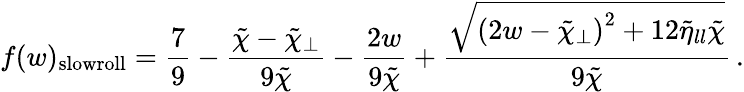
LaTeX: f(w)_{\mathrm{slowroll}}=\frac{7}{9}-\frac{\tilde{\chi}-\tilde{\chi}_{\perp}}{9\tilde{\chi}}-\frac{2w}{9\tilde{\chi}}+\frac{\sqrt{\left(2w-\tilde{\chi}_{\perp}\right)^{2}+12\tilde{\eta}_{ll}\tilde{\chi}}}{9\tilde{\chi}}\, .